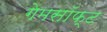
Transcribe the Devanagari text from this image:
गेमसॉफ्ट